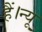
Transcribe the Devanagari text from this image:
हैं।न्यू